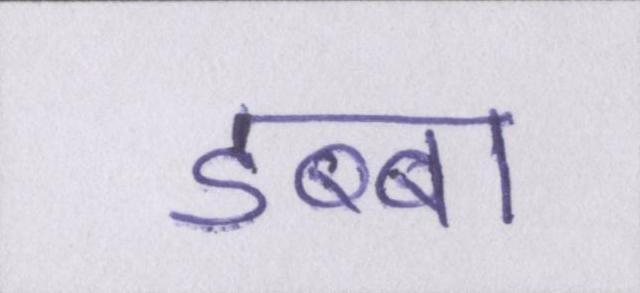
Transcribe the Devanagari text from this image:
डब्बा